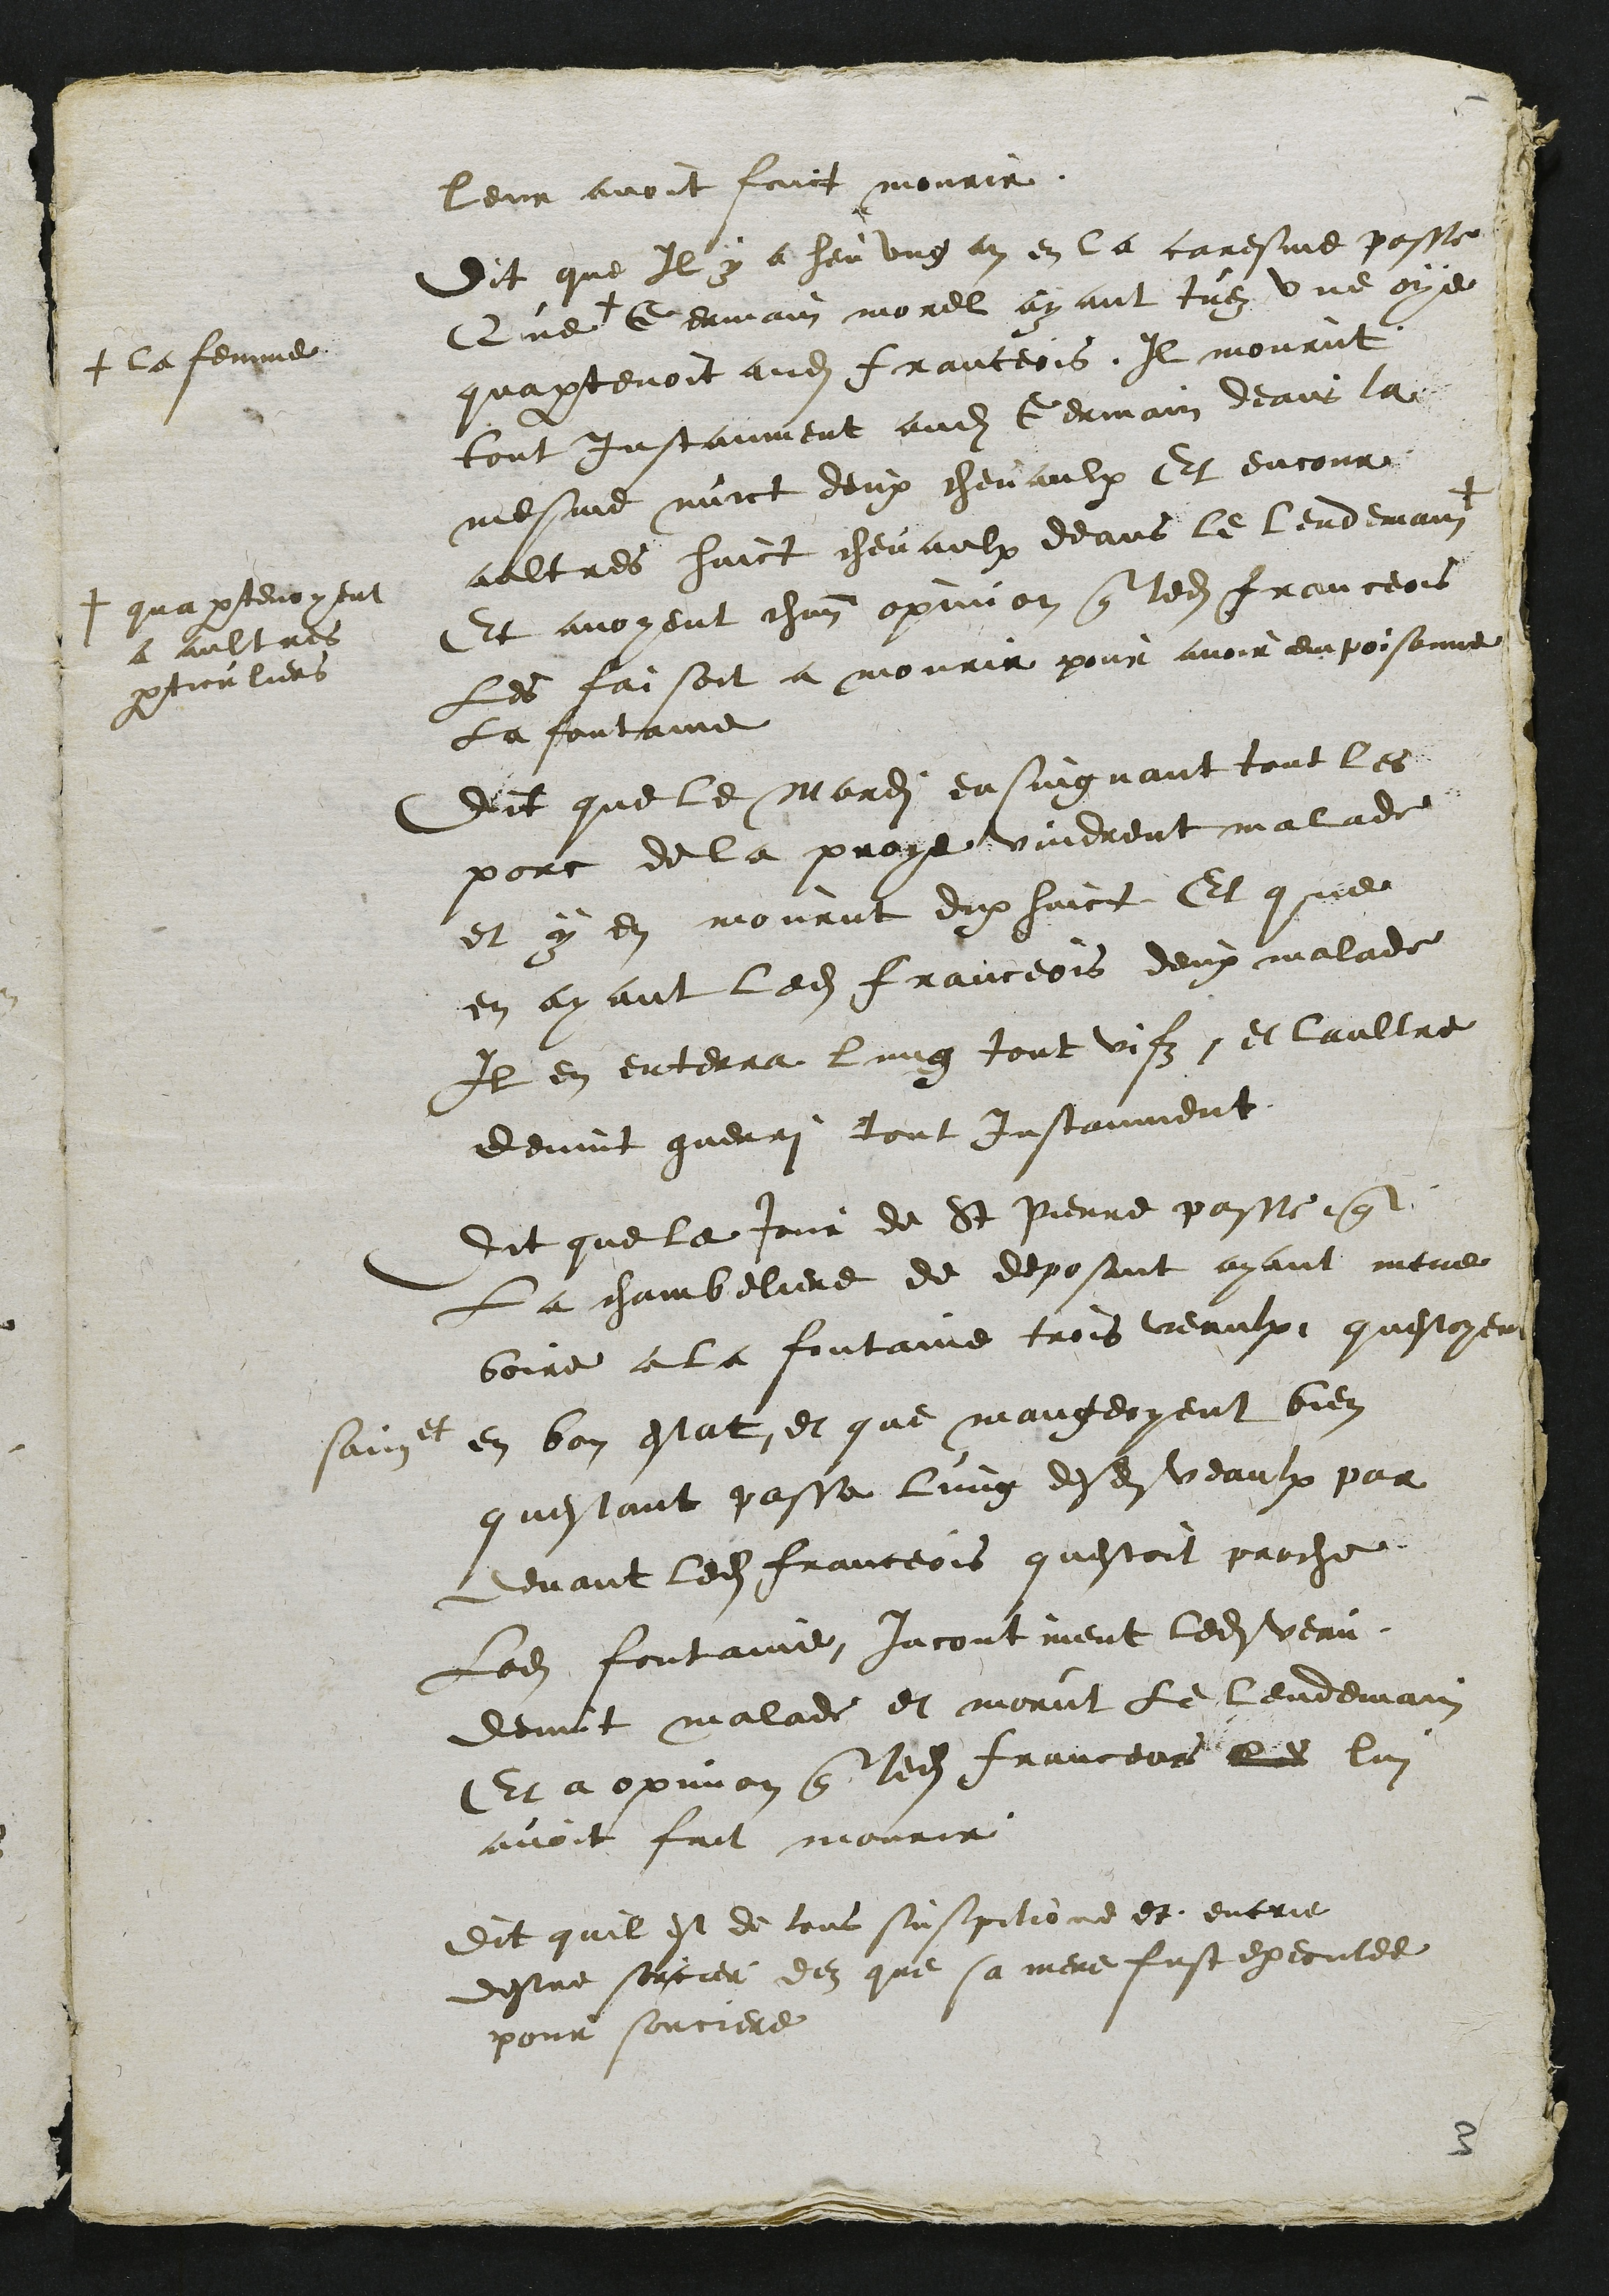
leur avoit faict mourir
Dit que Il y a heu ung an en la caresme passe
Que +
+ la femme
Germain morel ayant tuez une oye
quapartenoit audit franceois, Il mourut
tout Instanment audit Germain deans la
mesme nuict deux chevaulx Et encour
aultres huict chevaulx deans le lendemain +
+ quapartenoyent
a aultres
particuliers
Et avoyent chacun opinion que ledit franceois
Les faisoit a mourir pour avoir empoisonne
La fontaine
Dit que le mardi ensuigvant tout les
porc de la proye vindrent malade
et y en mourut dix huict Et que
en ayant ledit franceois deux malade
Il en enterra lung tout vifz, et laultre
devint guerri tout Instanment
Dit que le jour de St Pierre passe que
La chambeliere de deposant ayant mene
boire a la fontaine trois veaulx, questoyent
saint et bon estat et que mangeoyent bien
questant passe lung desdits veaulx par
devant ledit franceois questoit proche
Ladite fontaine incontinent ledit veau
devint malade et morut le lendemain
Et a opinon que ledit franceois les lui
avoit fait mourir
Dit quil est de tous suspitionne et encrie
destre sorcier dez que sa mere fust executee
pour sorciere